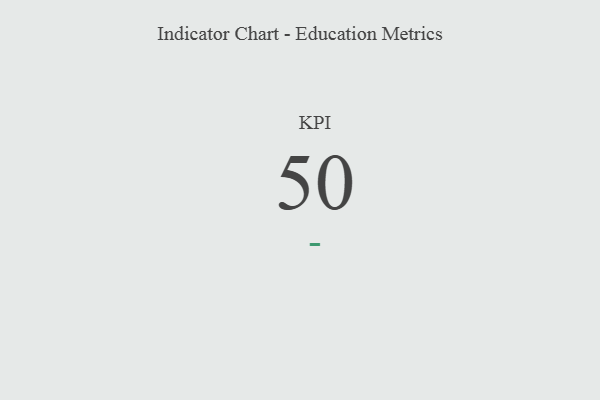
{"axis": {"x": "KPI", "y": "Value"}, "legend": [""], "data": [{"x": "KPI", "y": 50, "type": ""}]}